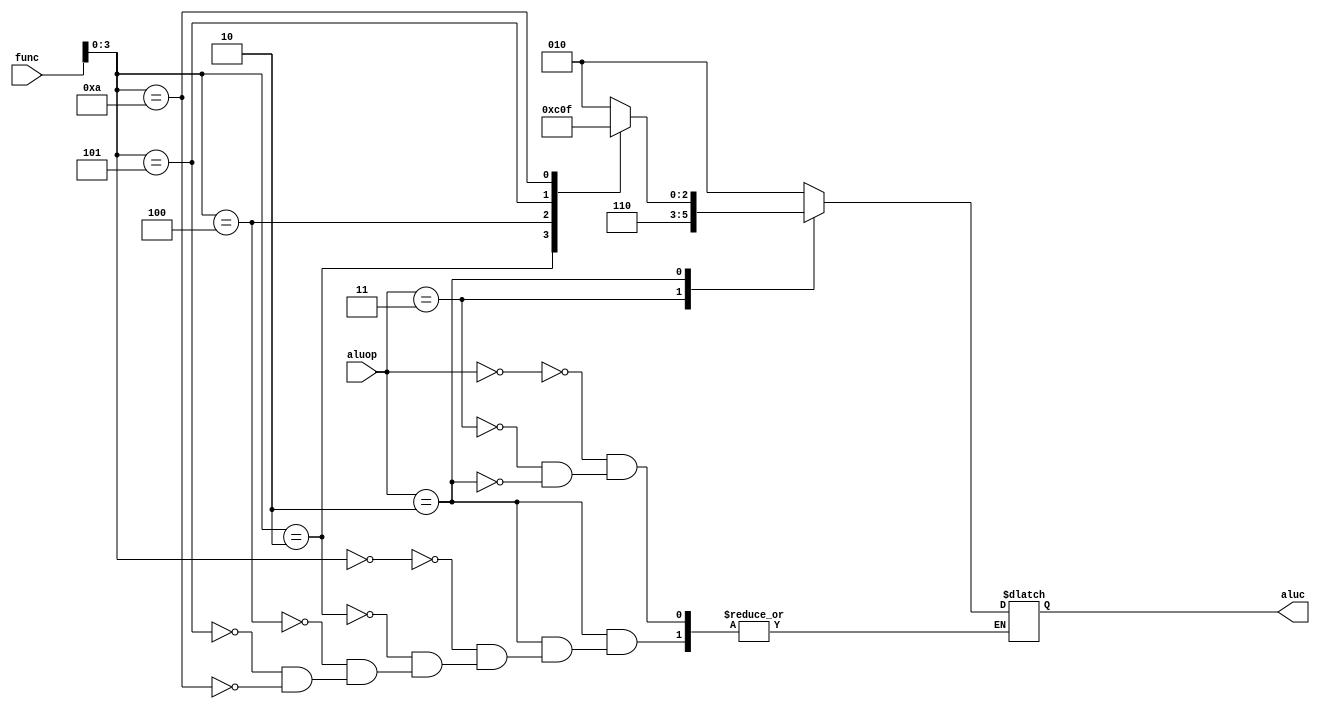
`timescale 1ns / 1ps
//////////////////////////////////////////////////////////////////////////////////
// Company: 
// Engineer: 
// 
// Design Name: 
// Module Name:    single_aluc 
// Project Name: 
// Target Devices: 
// Tool versions: 
// Description: 
//
// Dependencies: 
//
// Revision: 
// Revision 0.01 - File Created
// Additional Comments: 
//
//////////////////////////////////////////////////////////////////////////////////
`define ALUC_CTL_AND		3'b000
`define ALUC_CTL_OR		3'b001
`define ALUC_CTL_ADD		3'b010
`define ALUC_CTL_SUB		3'b110
`define ALUC_CTL_SLT		3'b111
`define RTYPE_ADD		4'b0000
`define RTYPE_SUB		4'b0010
`define RTYPE_SLT		4'b1010
`define RTYPE_AND		4'b0100
`define RTYPE_OR		4'b0101
`define RTYPE_XOR		4'b0110
`define RTYPE_NOR		4'b0111
`define RTYPE_ADDU		4'b0001
`define RTYPE_SLTU		4'b1011

module single_aluc(aluop, func, aluc);
    input [1:0] aluop;
    input [5:0] func;
    output [2:0] aluc;
	 reg [2:0] aluc;
	
	 always @(aluop or func) begin
		case (aluop)
			//aluopfuncaluc
			2'b00: aluc = `ALUC_CTL_ADD;
			2'b11: aluc = `ALUC_CTL_SUB;
			2'b10: begin
				case (func[3:0])
					`RTYPE_ADD: aluc = `ALUC_CTL_ADD;
					`RTYPE_SUB: aluc = `ALUC_CTL_SUB;
					`RTYPE_AND: aluc = `ALUC_CTL_AND;
					`RTYPE_OR: aluc = `ALUC_CTL_OR;
					`RTYPE_SLT: aluc = `ALUC_CTL_SLT;
				endcase
			end
			default:;
		endcase
	end
endmodule